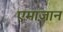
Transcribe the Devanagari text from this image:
एमाज़ान